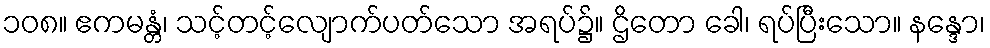
၁၀၈။ ဧကမန္တံ၊ သင့်တင့်လျောက်ပတ်သော အရပ်၌။ ဌိတော ခေါ၊ ရပ်ပြီးသော။ နန္ဒော၊